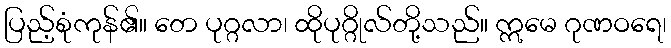
ပြည့်စုံကုန်၏။ တေ ပုဂ္ဂလာ၊ ထိုပုဂ္ဂိုလ်တို့သည်။ ဣမေ ဂုဏဝရေ၊